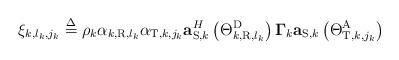
LaTeX: \begin{align*}{\xi _{k,{l_k},{j_k}}} \buildrel \Delta \over = {\rho _k}{\alpha _{{k,{\rm{R}}},{l_k}}}{\alpha _{{\rm{T}},k,{j_k}}}{\bf{a}}_{{\rm{S,}}k}^H\left( {\Theta _{{k,{\rm{R}}},{l_k}}^{\rm{D}}} \right){{\bf{\Gamma }}_k}{{\bf{a}}_{{\rm{S}},k}}\left( {\Theta _{{\rm{T}},k,{j_k}}^{\rm{A}}} \right)\end{align*}